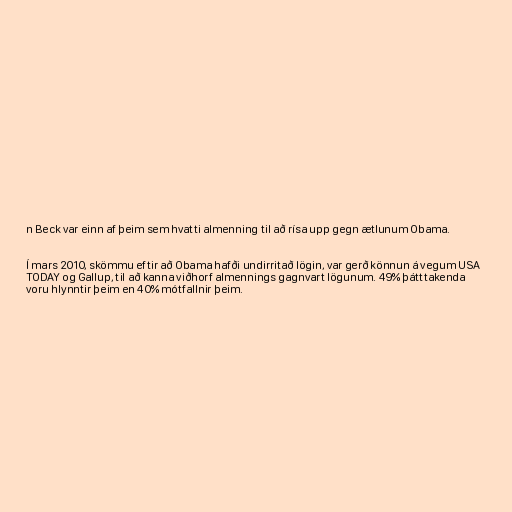
n Beck var einn af þeim sem hvatti almenning til að rísa upp gegn ætlunum Obama.

Í mars 2010, skömmu eftir að Obama hafði undirritað lögin, var gerð könnun á vegum USA
TODAY og Gallup, til að kanna viðhorf almennings gagnvart lögunum. 49% þátttakenda
voru hlynntir þeim en 40% mótfallnir þeim.